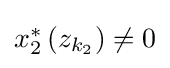
{\textstyle x_{2}^{*}\left(z_{k_{2}}\right)\neq 0}